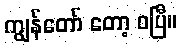
ကျွန်တော် တော့ ဝပြီ။